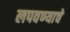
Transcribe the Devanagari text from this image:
लपवण्याचे